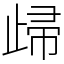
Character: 㱕